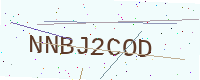
Text: NNBJ2COD